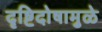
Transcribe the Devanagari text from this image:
दृष्टिदोषामुळे